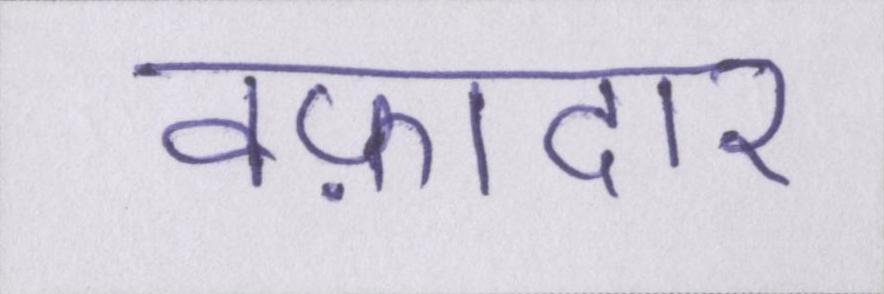
वफ़ादार